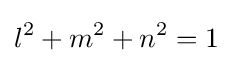
l^{2}+m^{2}+n^{2}=1